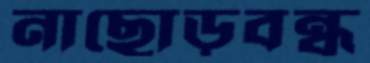
নাছোড়বন্ধ